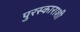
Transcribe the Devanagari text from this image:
पुरस्काराशी